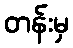
တန်းမှ